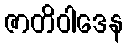
ဇာတိဝါဒေန